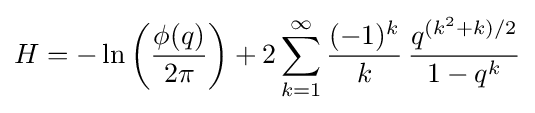
H=-\ln \left({\frac {\phi (q)}{2\pi }}\right)+2\sum _{k=1}^{\infty }{\frac {(-1)^{k}}{k}}\,{\frac {q^{(k^{2}+k)/2}}{1-q^{k}}}